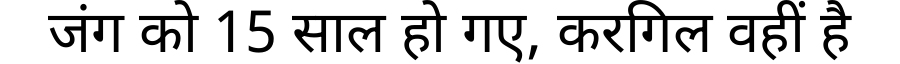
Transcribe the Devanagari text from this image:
जंग को 15 साल हो गए, करगिल वहीं है